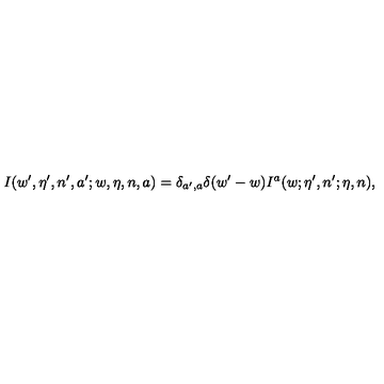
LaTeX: I ( w ^ { \prime } , \eta ^ { \prime } , n ^ { \prime } , a ^ { \prime } ; w , \eta , n , a ) = \delta _ { a ^ { \prime } , a } \delta ( w ^ { \prime } - w ) I ^ { a } ( w ; \eta ^ { \prime } , n ^ { \prime } ; \eta , n ) ,